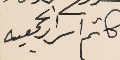
كاتم اسرار الجمعيه